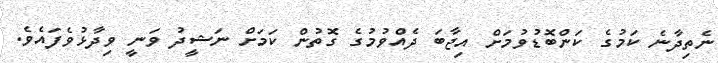
ނެތިދާނެ ކަމުގެ ކަންބޮޑުވުމަށް އިޖާބަ ދެއްވުމުގެ ގޮތުން ކަމަށް ނަޝީދު ވަނީ ވިދާޅުވެފައެވެ.